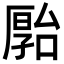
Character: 𪠗